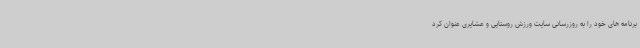
برنامه های خود را به روزرسانی سایت ورزش روستایی و عشایری عنوان کرد